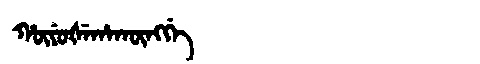
Manchu: ᡥᡡᠶᡠᡧᡝᡥᠠᡴᡡᠩᡤᡝ
Romanization: HŪYUŠEHAKŪNGGE